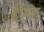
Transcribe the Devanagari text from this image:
डींगल्